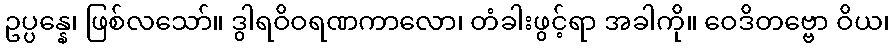
ဥပ္ပန္နေ၊ ဖြစ်လသော်။ ဒွါရဝိဝရဏကာလော၊ တံခါးဖွင့်ရာ အခါကို။ ဝေဒိတဗ္ဗော ဝိယ၊